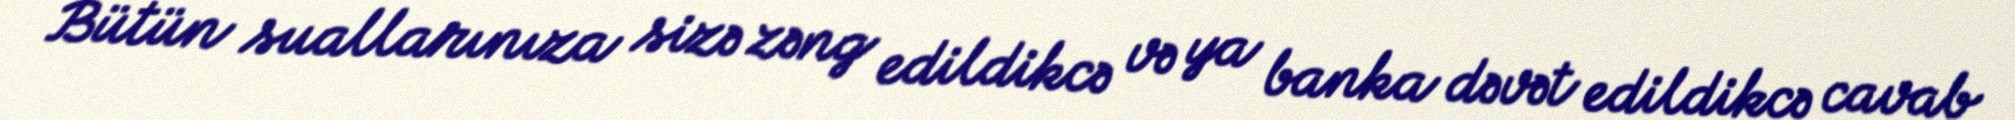
Bütün suallarınıza sizə zəng edildikcə və ya banka dəvət edildikcə cavab